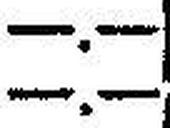
—.—